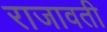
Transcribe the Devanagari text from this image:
राजावती